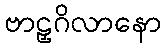
ဗာဠှဂိလာနော